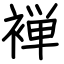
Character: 褝